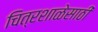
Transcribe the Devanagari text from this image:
चित्रशाळेसाठी